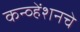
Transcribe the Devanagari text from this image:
कन्व्हेंशनचे